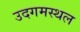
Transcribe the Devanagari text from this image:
उदगमस्थल